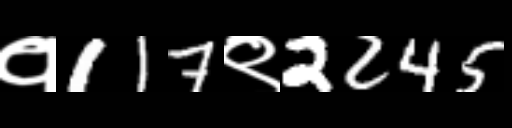
Text: १117९2245